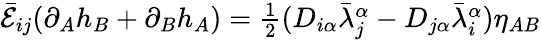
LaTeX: \bar{\cal E}_{ij}(\partial_{A}h_{B}+\partial_{B}h_{A})=\textstyle{\frac{1}{2}}(D_{i\alpha}\bar{\lambda}_{j}^{\alpha}-D_{j\alpha}\bar{\lambda}_{i}^{\alpha})\eta_{AB}